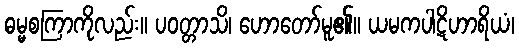
ဓမ္မစကြာကိုလည်း။ ပဝတ္တာသိ၊ ဟောတော်မူ၏။ ယမကပါဋိဟာရိယံ၊